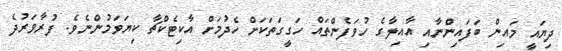
ދިޔައީ މައިން ބަފައިންނާއި އާއިލާގެ ހުވަފެންތައް ހަގީގަތަކަށް ހެދުމަށް އާކިޓެކްޗާ ކިޔަވަމުންނެވެ. ފުރާވަރުދެ